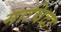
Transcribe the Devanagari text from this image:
माचिदा